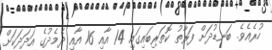
ހުރެއެވެ. ބަނޑުދަށް ފަރާތު ކޮތަރިބައިގައި 14 އާއި 16 އާއި ދެމެދުގެ އަދަދަކަށް